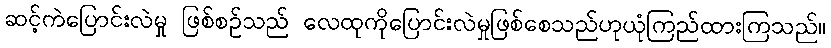
ဆင့်ကဲပြောင်းလဲမှု ဖြစ်စဉ်သည် လေထုကိုပြောင်းလဲမှုဖြစ်စေသည်ဟုယုံကြည်ထားကြသည်။